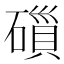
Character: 𮁁